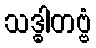
သဒ္ဓါတဗ္ဗံ